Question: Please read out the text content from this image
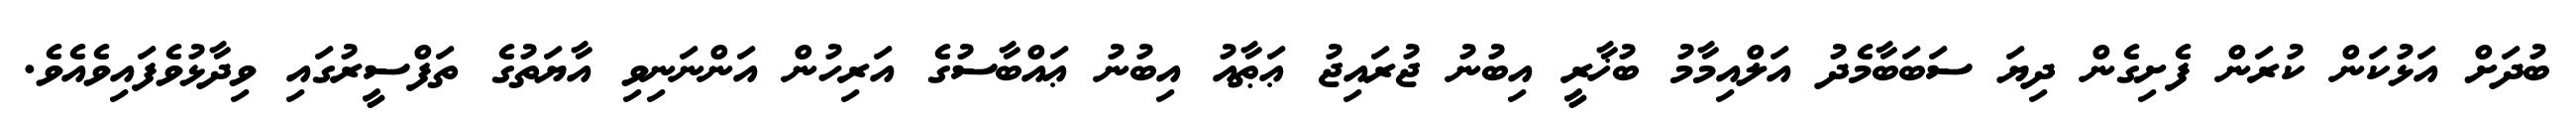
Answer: ބުދަށް އަޅުކަން ކުރަން ފެށިގެން ދިޔަ ސަބަބާމެދު އަލްއިމާމު ބުޚާރީ އިބުނު ޖުރައިޖު ޢަޠާއު އިބުނު ޢައްބާސުގެ އަރިހުން އަންނަނިވި އާޔަތުގެ ތަފްސީރުގައި ވިދާޅުވެފައިވެއެވެ.